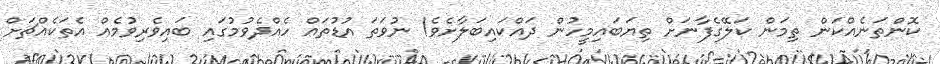
ކޮންތަނެއްކަން ތިމަން ކަލޭގެފާނަށް ތިޔަބައިމީހުން ދައްކައިބަލާށެވެ! ނުވަތަ އުޑުތައް ހެއްދެވުމުގައި ބައިވެރިވުމެއް އެތަކެއްޗަށް